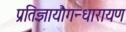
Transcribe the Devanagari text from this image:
प्रतिज्ञायौगन्धारायण